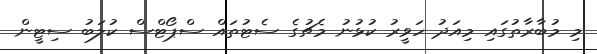
މި މުބާރާތުގައި މިއަދު ހަވީރު ކުޅުނު މެޗުގެ ސެޓުތައް ސްޕޯޓްސް ކުލަބު ސިޓީން